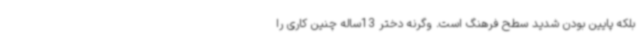
بلکه پایین بودن شدید سطح فرهنگ است. وگرنه دختر 13ساله چنین کاری را